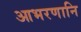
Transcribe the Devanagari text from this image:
आभरणानि